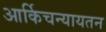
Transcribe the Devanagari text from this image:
आर्किचन्यायतन